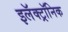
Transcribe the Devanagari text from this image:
इलॅक्ट्रॉनिक